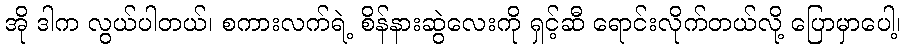
အို ဒါက လွယ်ပါတယ်၊ စကားလက်ရဲ့ စိန်နားဆွဲလေးကို ရှင့်ဆီ ရောင်းလိုက်တယ်လို့ ပြောမှာပေါ့၊